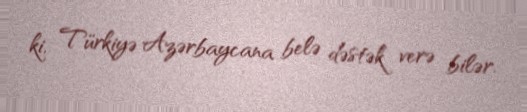
ki, Türkiyə Azərbaycana belə dəstək verə bilər.